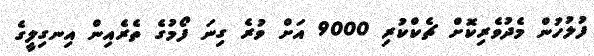
ފުލުހުން މެދުވެރިކޮށް ޗެކްކުރި 9000 އަށް ވުރެ ގިނަ ފޯމުގެ ތެރެއިން އިނގިލީގެ